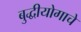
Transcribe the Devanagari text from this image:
बुद्धीयोगाचे